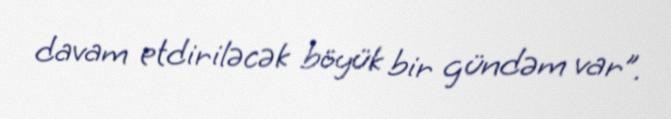
davam etdiriləcək böyük bir gündəm var”.